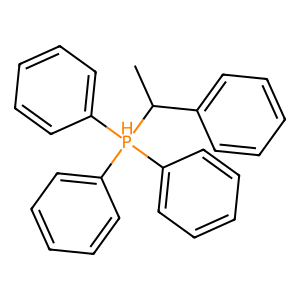
SMILES: CC(c1ccccc1)[PH](c1ccccc1)(c1ccccc1)c1ccccc1
Inhibits HIV replication: No